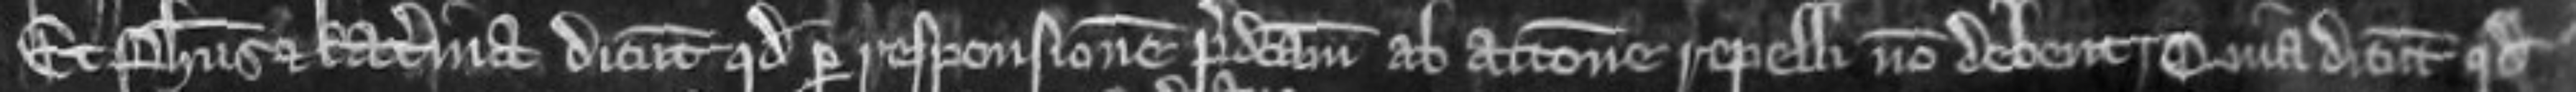
Et Phillipus et Katerina dicunt quod per responsionem predictam ab actione repelli non debent Quia dicunt quod